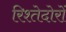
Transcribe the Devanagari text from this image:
रिश्तेदोरों